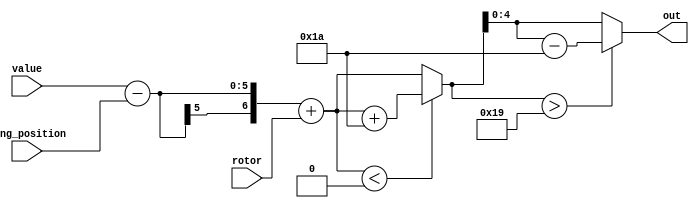
module calculate_val #(
	parameter INPUT = 1
) (
	input [4:0] value,
	input [4:0] rotor,
	output reg [4:0] out,
	input [4:0] ring_position
);
	reg signed [6:0] val = 7'b0000000;

	always @* 
	begin		
		if (INPUT==1)
			val = value - ring_position + rotor;
		else
			val = value + ring_position - rotor;

		if (val < 0    ) val = val + 7'd26;
		if (val > 7'd25) val = val - 7'd26;
		out = val[4:0];
	end
endmodule
module encode #(
	parameter REVERSE = 0
) (
	input [4:0] inputValue,
	input [4:0] rotor,
	output [4:0] outputValue,
	input [2:0] rotor_type,
	input [4:0] ring_position
);
	wire [4:0] calculated_input;
	wire [4:0] outval;
	
	calculate_val #(.INPUT(1)) cinput(.value(inputValue),.rotor(rotor),.out(calculated_input),.ring_position(ring_position));
	
	rotorEncode #(.REVERSE(REVERSE)) rotEncode(.code(calculated_input),.val(outval),.rotor_type(rotor_type));
	
	calculate_val #(.INPUT(0)) coutput(.value(outval),.rotor(rotor),.out(outputValue),.ring_position(ring_position));
endmodule